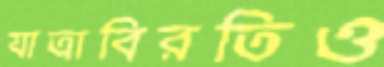
যাত্রাবিরতিও